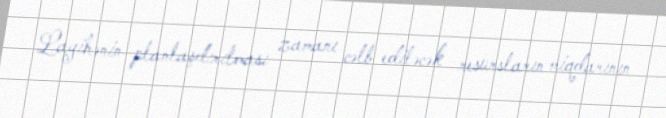
Layihənin planlaşdırılması zamanı cəlb ediləcək resursların miqdarının